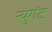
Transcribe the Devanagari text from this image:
न्युगेंट